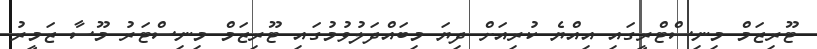
ޓޫރިޒަމް މިނިސްޓްރީގައި އިއްޔެ ކުރިއަށް ދިޔަ މިބައްދަލުވުމުގައި ޓޫރިޒަމް މިނިސްޓަރު މޫސާ ޒަމީރު